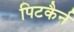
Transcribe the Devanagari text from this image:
पिटकैर्न